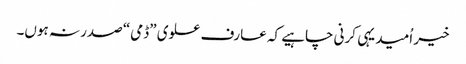
خیر اُمید یہی کرنی چاہیے کہ عارف علوی ”ڈمی“ صدر نہ ہوں۔